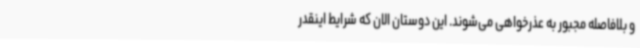
و بلافاصله مجبور به عذرخواهی می‌شوند. این دوستان الان که شرایط اینقدر